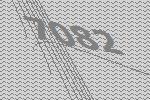
7082